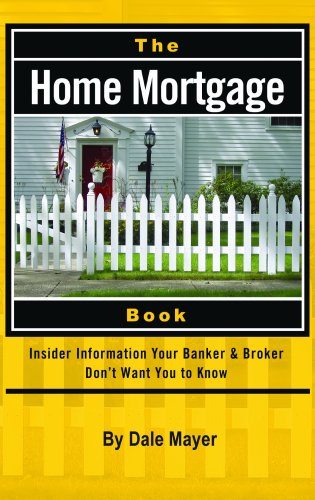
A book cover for The Home Mortgage Book: Insider Information Your Banker & Broker Don't Want You to Know; Dale Mayer; Business & Money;